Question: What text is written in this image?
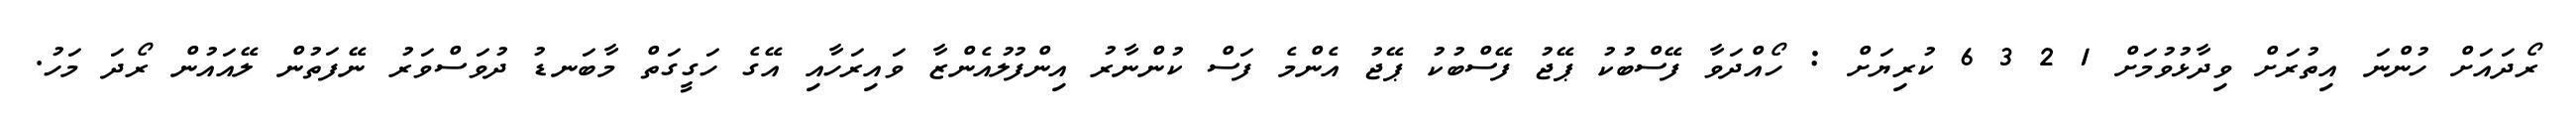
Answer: ރޯދައަށް ހުންނަ އިތުރަށް ވިދާޅުވުމަށް 1 2 3 6 ކުރިޔަށް : ހޯއްދަވާ ފޭސްބުކު ޕޭޖު ފޭސްބުކު ޕޭޖު އެންމެ ފަސް ކުންނާރު އިންފުލުއެންޒާ ވައިރަހާއި އޭގެ ހަގީގަތް މާބަނޑު ދުވަސްވަރު ނޭފަތުން ލޭއައުން ރޯދަ މަހު.